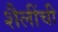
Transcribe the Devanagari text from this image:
शैलींची